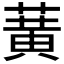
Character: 𫉉